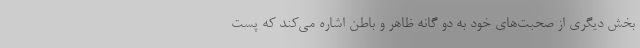
بخش دیگری از صحبت‌های خود به دو گانه ظاهر و باطن اشاره می‌کند که پست